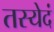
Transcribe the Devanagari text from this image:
तस्येदं